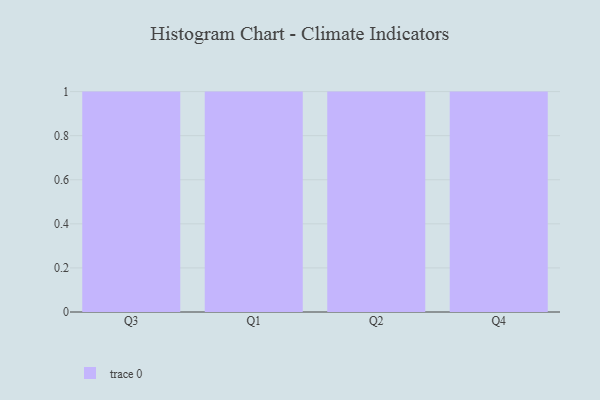
{"axis": {"x": "Quarter", "y": "Operating Costs (USD K)"}, "legend": [""], "data": [{"x": "Q3", "y": 60, "type": ""}, {"x": "Q1", "y": 79, "type": ""}, {"x": "Q2", "y": 45, "type": ""}, {"x": "Q4", "y": 29, "type": ""}]}